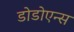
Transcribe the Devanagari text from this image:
डोडोएन्स